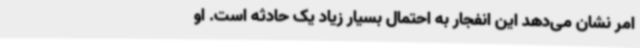
امر نشان می‌دهد این انفجار به احتمال بسیار زیاد یک حادثه است. او